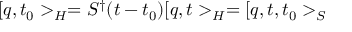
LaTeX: [ q , t _ { 0 } > _ { H } = S ^ { \dagger } ( t - t _ { 0 } ) [ q , t > _ { H } = [ q , t , t _ { 0 } > _ { S }